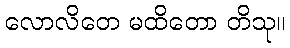
လောလိတေ မထိတော တိသု။